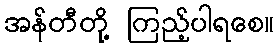
အန်တီတို့ ကြည့်ပါရစေ။